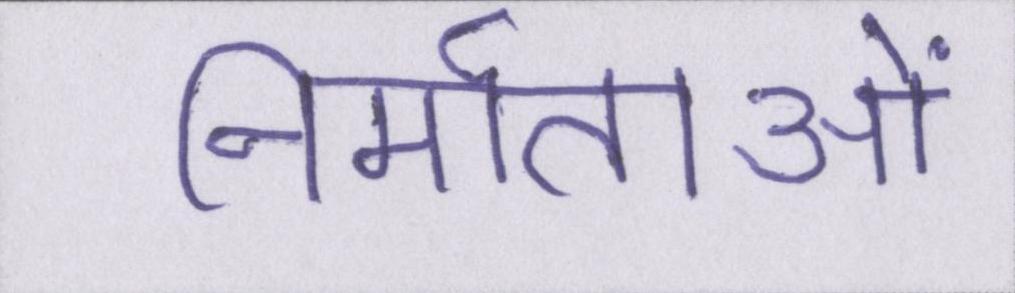
निर्माताओं